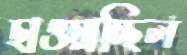
ছাওয়াচ্ছিল